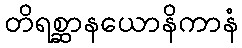
တိရစ္ဆာနယောနိကာနံ